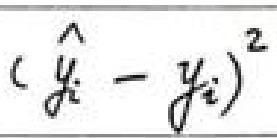
( \hat{y}_i - y_i )^2